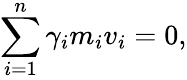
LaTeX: \sum_{i=1}^{n}\gamma_{i}m_{i}v_{i}=0,